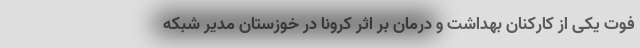
فوت یکی از کارکنان بهداشت و درمان بر اثر کرونا در خوزستان مدیر شبکه